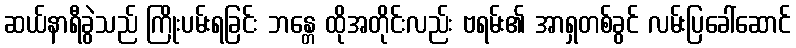
ဆယ်နာရီခွဲသည် ကြိုးပမ်းရခြင်း ဘန္တေ ထိုအတိုင်းလည်း ဗရမ်း၏ အာရှတစ်ခွင် လမ်းပြခေါ်ဆောင်